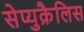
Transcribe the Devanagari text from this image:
सेप्युक्रैलिस